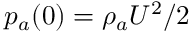
p _ { a } ( 0 ) = { \rho _ { a } U ^ { 2 } / 2 }